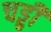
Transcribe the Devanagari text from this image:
चड्ढी